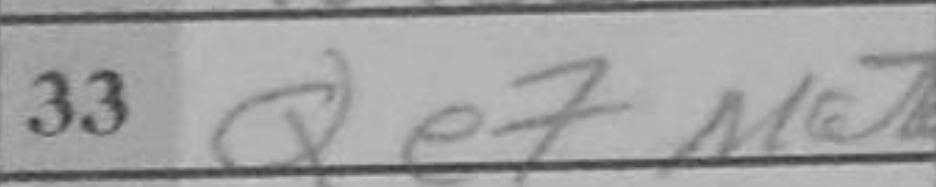
Transcription: Qe7